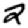
Digit: 2